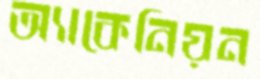
অ্যাকেনিয়ন